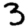
Digit: 3